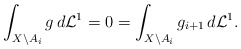
\begin{align*}\int_{X\setminus A_i}g\,d\mathcal L^1 =0=\int_{X\setminus A_i}g_{i+1}\,d\mathcal L^1 .\end{align*}